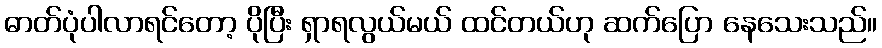
ဓာတ်ပုံပါလာရင်တော့ ပိုပြီး ရှာရလွယ်မယ် ထင်တယ်ဟု ဆက်ပြော နေသေးသည်။